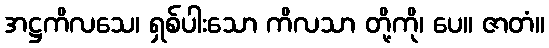
အဋ္ဌကိလသေ၊ ရှစ်ပါးသော ကိလသာ တို့ကို၊ ပေ။ ဇာတံ။